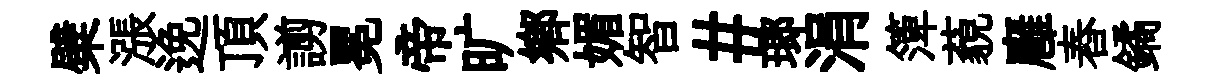
檗漲𨓜頂謭冕帝旷郷媚智#瑯涓𥱼藐廱舂鐍